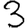
Digit: 3